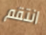
انتقم